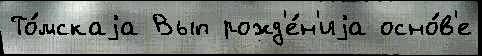
То́мскаjа Вып рожд'е́н'иjа осно́в'е